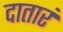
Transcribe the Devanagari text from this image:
दातारं